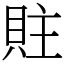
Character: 䝬